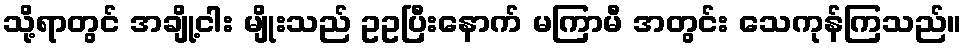
သို့ရာတွင် အချို့ငါး မျိုးသည် ဥဥပြီးနောက် မကြာမီ အတွင်း သေကုန်ကြသည်။